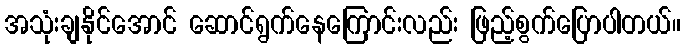
အသုံးချနိုင်အောင် ဆောင်ရွက်နေကြောင်းလည်း ဖြည့်စွက်ပြောပါတယ်။